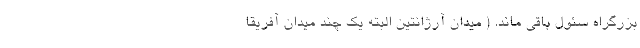
بزرگراه سئول باقی ماند. ( میدان آرژانتین البته یک چند میدان آفریقا